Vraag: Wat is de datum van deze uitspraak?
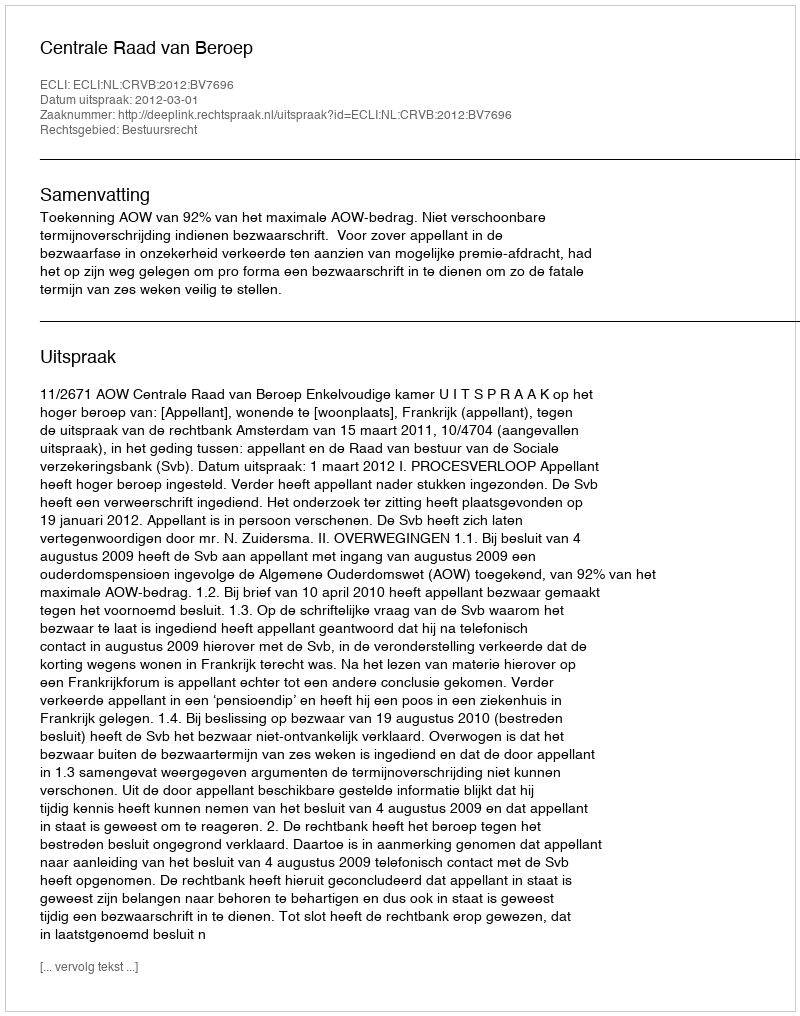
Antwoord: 2012-03-01